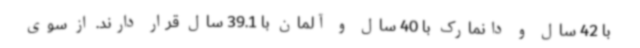
با 42 سال و دانمارک با 40 سال و آلمان با 39.1 سال قرار دارند. از سوی